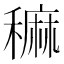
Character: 𥢂